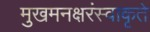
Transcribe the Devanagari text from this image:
मुखमनक्षरंस्वाकृते